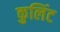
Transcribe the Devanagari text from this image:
कुलिंट